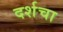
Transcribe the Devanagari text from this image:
दर्शचा